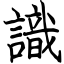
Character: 識